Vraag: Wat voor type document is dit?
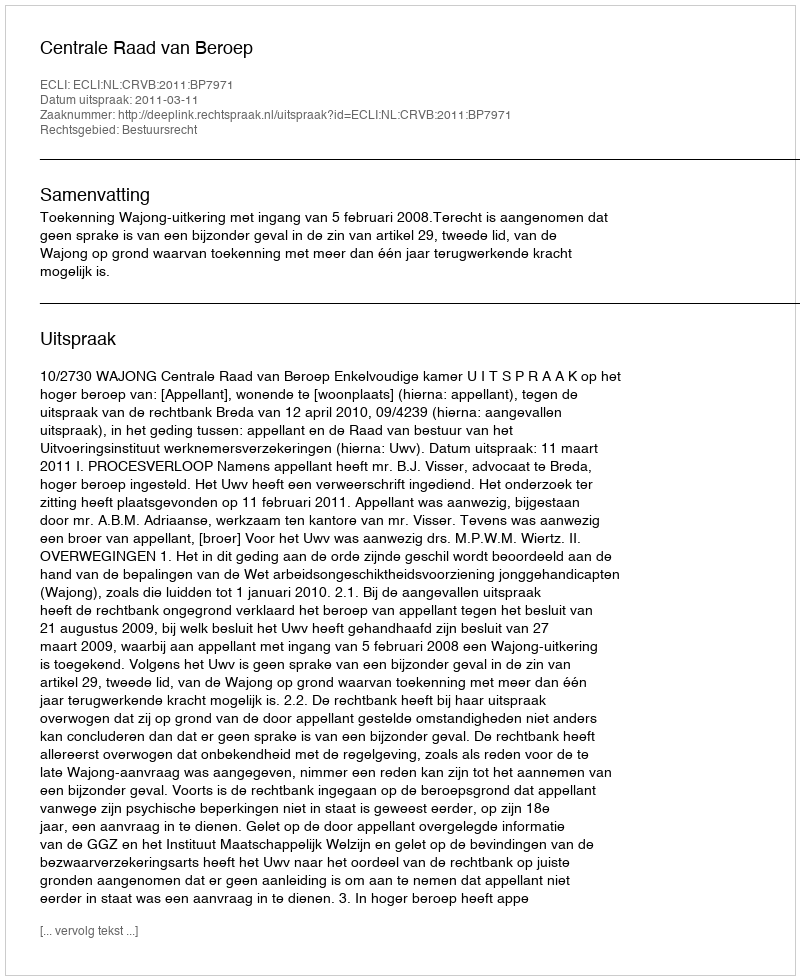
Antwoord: Uitspraak